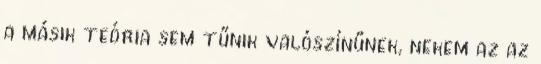
a másik teória sem tűnik valószínűnek, nekem az az